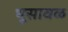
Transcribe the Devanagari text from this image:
भूसावळ